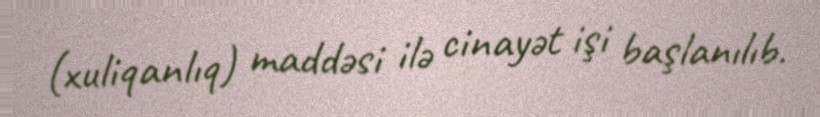
(xuliqanlıq) maddəsi ilə cinayət işi başlanılıb.